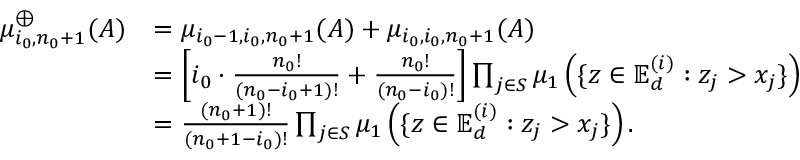
\begin{array} { r l } { \mu _ { i _ { 0 } , n _ { 0 } + 1 } ^ { \oplus } ( A ) } & { = \mu _ { i _ { 0 } - 1 , i _ { 0 } , n _ { 0 } + 1 } ( A ) + \mu _ { i _ { 0 } , i _ { 0 } , n _ { 0 } + 1 } ( A ) } \\ & { = \left[ i _ { 0 } \cdot \frac { n _ { 0 } ! } { ( n _ { 0 } - i _ { 0 } + 1 ) ! } + \frac { n _ { 0 } ! } { ( n _ { 0 } - i _ { 0 } ) ! } \right] \prod _ { j \in S } \mu _ { 1 } \left( \{ \boldsymbol z \in \mathbb { E } _ { d } ^ { ( i ) } : z _ { j } > x _ { j } \} \right) } \\ & { = \frac { ( n _ { 0 } + 1 ) ! } { ( n _ { 0 } + 1 - i _ { 0 } ) ! } \prod _ { j \in S } \mu _ { 1 } \left( \{ \boldsymbol z \in \mathbb { E } _ { d } ^ { ( i ) } : z _ { j } > x _ { j } \} \right) . } \end{array}